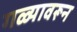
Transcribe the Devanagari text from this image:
गळ्यावरून